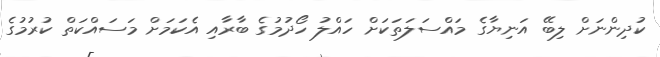
ކުދިންނަށް ލިބޭ އަނިޔާގެ މައްސަލަތަކަށް ހައްލު ހޯދުމުގެ ބާރާއި އެކަމަށް މަސައްކަތް ކުރުމުގެ